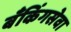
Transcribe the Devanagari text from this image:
बँकिंगसेवा